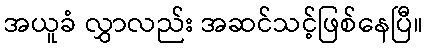
အယူခံ လွှာလည်း အဆင်သင့်ဖြစ်နေပြီ။